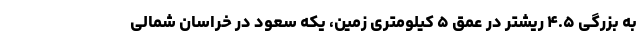
به بزرگی ۴.۵ ریشتر در عمق ۵ کیلومتری زمین، یکه سعود در خراسان شمالی